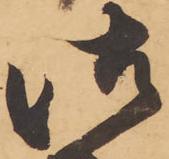
御